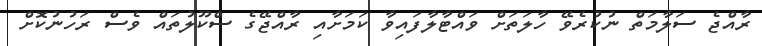
ރާއްޖެ ސަލާމަތް ނުކުރެވޭ ހާލަތަށް ވައްޓާލާފައިވާ ކަމަށާއި ރާއްޖޭގެ ސްކޫލުތައް ވެސް ރަހުނުކޮށް